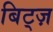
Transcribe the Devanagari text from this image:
बिट्ज़